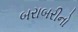
બરાબરીનો